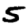
Digit: 5